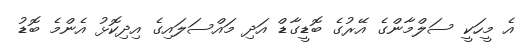
އެ މީހަކީ ސަލްމާންގެ އޭރުގެ ބޮޑީގާޑް އަދި މައްސަލައިގެ އިދިކޮޅު އެންމެ ބޮޑު